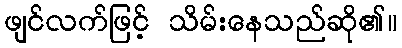
ဖျင်လက်ဖြင့် သိမ်းနေသည်ဆို၏။